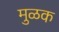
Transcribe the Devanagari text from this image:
मुळक